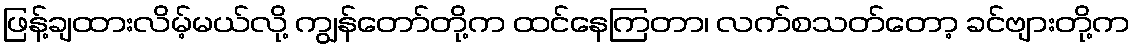
ဖြန့်ချထားလိမ့်မယ်လို့ ကျွန်တော်တို့က ထင်နေကြတာ၊ လက်စသတ်တော့ ခင်ဗျားတို့က